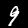
Digit: 9